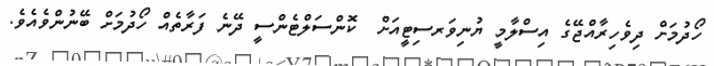
ހޯދުމަށް ދިވެހިރާއްޖޭގެ އިސްލާމީ ޔުނިވަރސިޓީއަށް  ކޮންސަލްޓެންސީ ދޭނެ ފަރާތެއް ހޯދުމަށް ބޭނުންވެއެވެ.